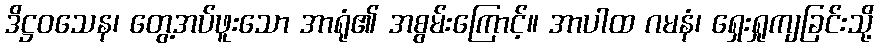
ဒိဋ္ဌဝသေန၊ တွေ့အပ်ဖူးသော အာရုံ၏ အစွမ်းကြောင့်။ အာပါထ ဂမနံ၊ ရှေးရှုကျခြင်းသို့